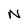
Character: N